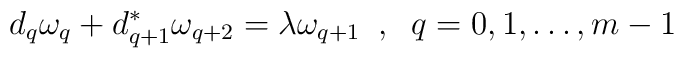
d_q\omega_q+d_{q+1}^*\omega_{q+2}=\lambda\omega_{q+1}\;\;,\;\;q=0,1,\dots,m-1